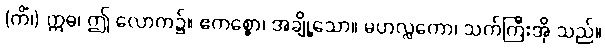
(ကိံ၊) ဣဓ၊ ဤ လောက၌။ ဧကစ္စော၊ အချို့သော။ မဟလ္လကော၊ သက်ကြီးအို သည်။